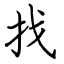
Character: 找